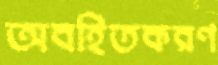
অবহিতকরণ